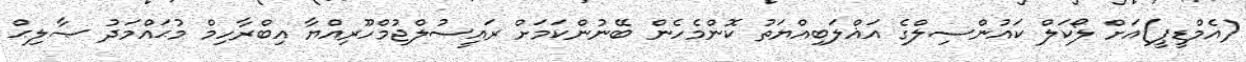
(އެމްޑީޕީ)އަށް ލޯކަލް ކައުންސިލްގެ އަޣްލަބިއްޔަތު ކޮންމެހެން ބޭނުންކަމަށް ރައީސުލްޖުމްހޫރިއްޔާ އިބްރާހިމް މުޙައްމަދު ޞާލިޙް